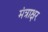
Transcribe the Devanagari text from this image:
मंत्राक्षर